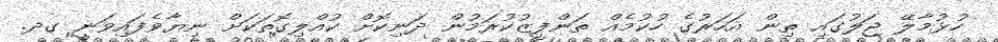
ހުޅުމާލޭ ޖަލުގައި ތިން އަހަރުގެ ހުކުމެއް ތަންފީޒުކުރަމުން ދަނިކޮށް ކުއްލިގޮތަކަށް ނިޔާވެފައިވަނީ ގދ.